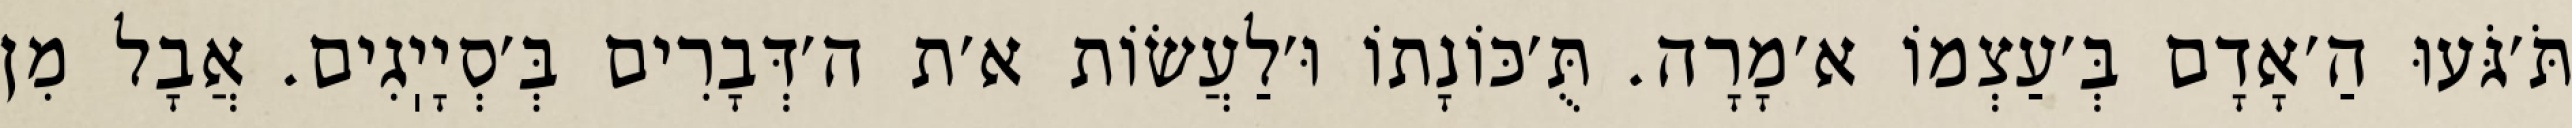
תֹּ׳גֹּעוּ הַ׳אָדָם בְּ׳עַצְמוֹ א׳מָרָה. תֻּ׳כּוֹנָתוֹ וּ׳לַעֲשׂוֹת א׳ת ה׳דְּבָרִים בְּ׳סְיָיֽגִים. אֲבָל מִן